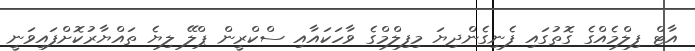
އާޓް ފިލްމެއްގެ ގޮތުގައި ފެނިގެންދިޔަ މިފިލްމްގެ ވާހަކައާއި ސްކްރީން ޕްލޭ ލިޔެ ތައްޔާރުކޮށްފައިވަނީ